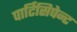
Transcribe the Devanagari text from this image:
पार्टिसिपेन्ट